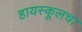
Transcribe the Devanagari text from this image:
हायस्‍कूलचा